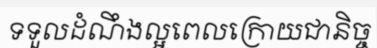
ទទួលដំណឹងល្អពេលក្រោយជានិច្ច